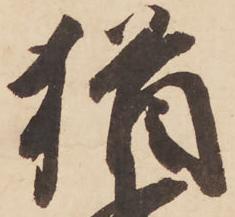
猶